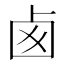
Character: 卥